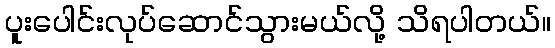
ပူးပေါင်းလုပ်ဆောင်သွားမယ်လို့ သိရပါတယ်။